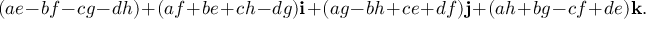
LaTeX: ( a e - b f - c g - d h ) + ( a f + b e + c h - d g ) \mathbf { i } + ( a g - b h + c e + d f ) \mathbf { j } + ( a h + b g - c f + d e ) \mathbf { k } .